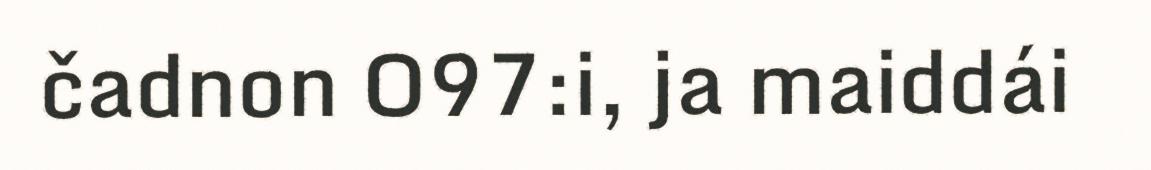
čadnon O97:i, ja maiddái